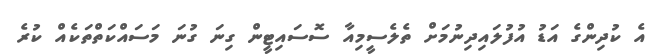
އެ ކުދިންގެ އަޑު އުފުލައިދިނުމަށް ތެލެސީމިއާ ސޮސައިޓީން ގިނަ ގުނަ މަސައްކަތްތަކެއް ކުރެ